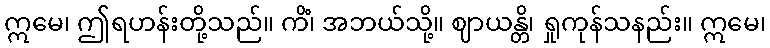
ဣမေ၊ ဤရဟန်းတို့သည်။ ကိံ၊ အဘယ်သို့။ ဈာယန္တိ၊ ရှုကုန်သနည်း။ ဣမေ၊